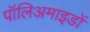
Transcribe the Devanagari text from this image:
पॉलिअमाइडों